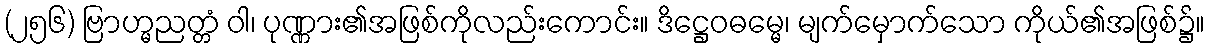
(၂၅၆) ဗြာဟ္မညတ္တံ ဝါ၊ ပုဏ္ဏား၏အဖြစ်ကိုလည်းကောင်း။ ဒိဋ္ဌေဝဓမ္မေ၊ မျက်မှောက်သော ကိုယ်၏အဖြစ်၌။